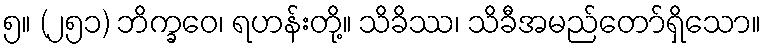
၅။ (၂၅၁) ဘိက္ခဝေ၊ ရဟန်းတို့။ သိခိဿ၊ သိခီအမည်တော်ရှိသော။